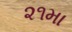
૨૧મા